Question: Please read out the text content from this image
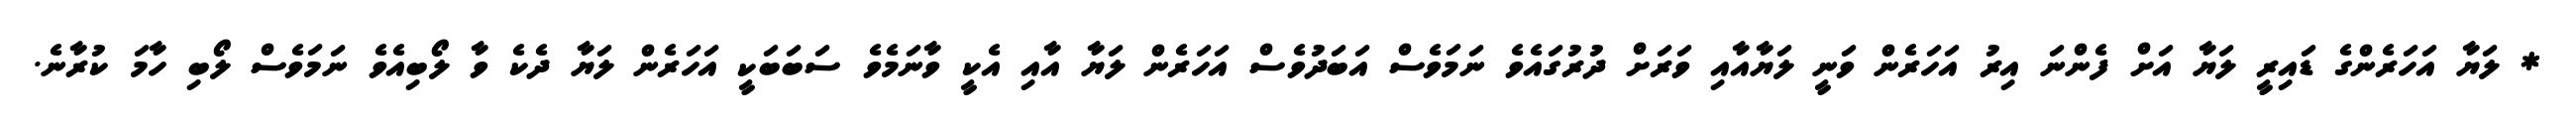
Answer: * ލަޔާ އަހަރެންގެ ޑައިރީ ލަޔާ އަށް ފެންނަ އިރު އަހަރެން ވަނީ ލަޔާއާއި ވަރަށް ދުރުގައެވެ ނަމަވެސް އަބަދުވެސް އަހަރެން ލަޔާ އާއި އެކީ ވާނަމެވެ ސަބަބަކީ އަހަރެން ލަޔާ ދެކެ ވާ ލޯބިއެވެ ނަމަވެސް ލޯބި ހާމަ ކުރާނެ.